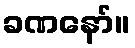
ခဏနော်။